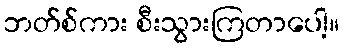
ဘတ်စ်ကား စီးသွားကြတာပေါ့။